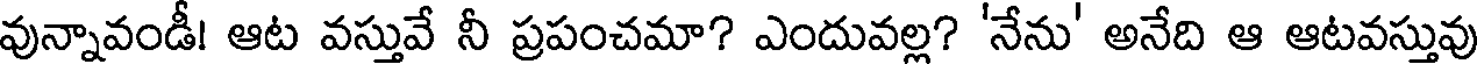
వున్నావండీ! ఆట వస్తువే నీ ప్రపంచమా? ఎందువల్ల? 'నేను' అనేది ఆ ఆటవస్తువు